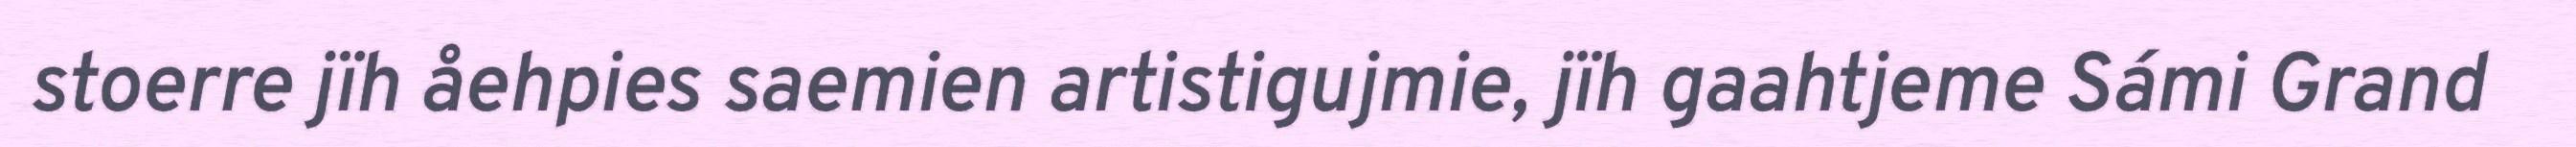
stoerre jïh åehpies saemien artistigujmie, jïh gaahtjeme Sámi Grand